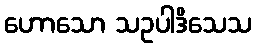
ဟောသော သဥပါဒိသေသ